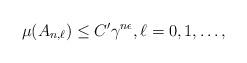
LaTeX: \begin{align*} \mu(A_{n,\ell})\leq C'\gamma^{n\epsilon}, \ell=0, 1,\ldots, \end{align*}